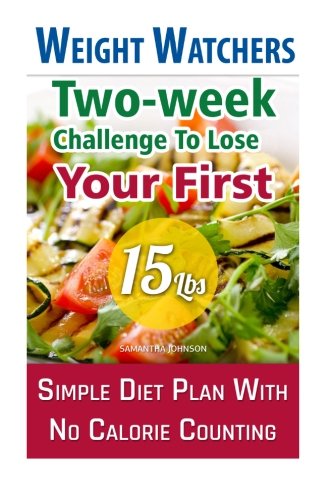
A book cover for Weight Watchers: Two-week Challenge To Lose Your First 15 Lbs! Simple Diet Plan With No Calorie Counting!: (Weight Watchers, Weight Loss Motivation, ... loss tips, weight watchers for beginners); Samantha Johnson; Cookbooks, Food & Wine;